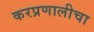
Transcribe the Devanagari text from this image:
करप्रणालीचा